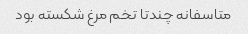
متاسفانه چندتا تخم مرغ شکسته بود